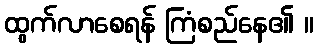
ထွက်လာစေရန် ကြံစည်နေ၏ ။